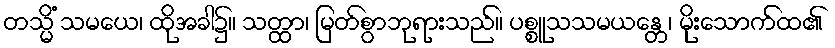
တသ္မိံ သမယေ၊ ထိုအခါ၌။ သတ္ထာ၊ မြတ်စွာဘုရားသည်။ ပစ္စူသသမယန္တေ၊ မိုးသောက်ထ၏